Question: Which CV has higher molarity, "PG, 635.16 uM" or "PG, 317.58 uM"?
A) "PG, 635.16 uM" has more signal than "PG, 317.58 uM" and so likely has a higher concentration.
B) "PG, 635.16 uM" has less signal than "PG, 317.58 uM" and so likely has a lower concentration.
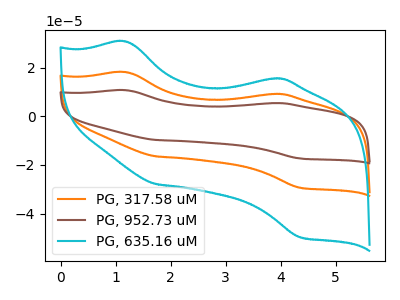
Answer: <think>The orange curve "PG, 317.58 uM" has anodic peaks at (1.20V, 18.20uA) (3.85V, 9.20uA) and cathodic peaks at (1.75V, -16.50uA) (4.35V, -29.40uA). The brown curve "PG, 952.73 uM" has anodic peaks at (1.20V, 36.40uA) (3.85V, 18.35uA) and cathodic peaks at (1.75V, -33.00uA) (4.35V, -58.75uA). The cyan curve "PG, 635.16 uM" has anodic peaks at (1.20V, 30.80uA) (3.85V, 15.55uA) and cathodic peaks at (1.75V, -27.90uA) (4.35V, -49.75uA).
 All the peaks in "PG, 635.16 uM" have a peak in "PG, 317.58 uM" at the same potential. Every peak in "PG, 635.16 uM" is higher than every peak in "PG, 317.58 uM".</think>
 <answer>A) "PG, 635.16 uM" has more signal than "PG, 317.58 uM" and so likely has a higher concentration.</answer>
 <eval>A</eval>